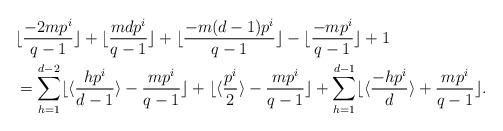
LaTeX: \begin{align*}&\lfloor\frac{-2mp^i}{q-1}\rfloor+\lfloor\frac{mdp^i}{q-1}\rfloor+\lfloor\frac{-m(d-1)p^i}{q-1}\rfloor-\lfloor\frac{-mp^i}{q-1}\rfloor+1\\&=\sum_{h=1}^{d-2}\lfloor\langle\frac{hp^i}{d-1}\rangle-\frac{mp^i}{q-1}\rfloor+\lfloor\langle\frac{p^i}{2}\rangle-\frac{mp^i}{q-1}\rfloor+\sum_{h=1}^{d-1}\lfloor\langle \frac{-hp^i}{d}\rangle+\frac{mp^i}{q-1}\rfloor.\end{align*}